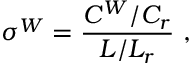
\sigma ^ { W } = \frac { C ^ { W } / C _ { r } } { L / L _ { r } } \ ,